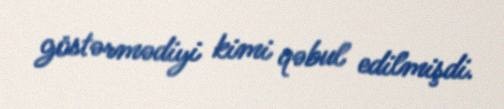
göstərmədiyi kimi qəbul edilmişdi.